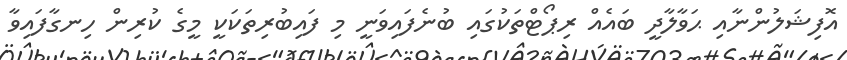
އޮފިޝަލުންނާއި ޙަވާލާދީ ބައެއް ރިޕޯޓްތަކުގައި ބުނެފައިވަނީ މި ފައިބުރިތަކަކީ މީގެ ކުރިން ހިނގާފައިވާ